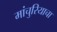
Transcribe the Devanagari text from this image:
मांचुरियाचा